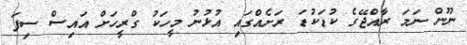
ނޫން ނަމަ ރާއްޖޭގެ ކުޑަކުޑަ ރަށެއްގައި އުޅުނު މީހަކު ގްރީހަށް އައިސް ސިފަ